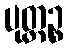
ပုတ္တဉ္စ